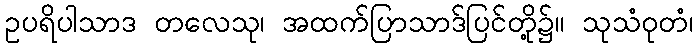
ဥပရိပါသာဒ တလေသု၊ အထက်ပြာသာဒ်ပြင်တို့၌။ သုသံဝုတံ၊